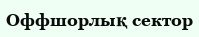
Оффшорлық сектор